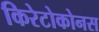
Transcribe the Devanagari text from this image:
किरेटोकोनस